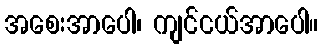
အစေးအာပေါ၊ ကျင်ငယ်အာပေါ။